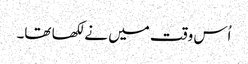
اُس وقت میں نے لکھا تھا۔